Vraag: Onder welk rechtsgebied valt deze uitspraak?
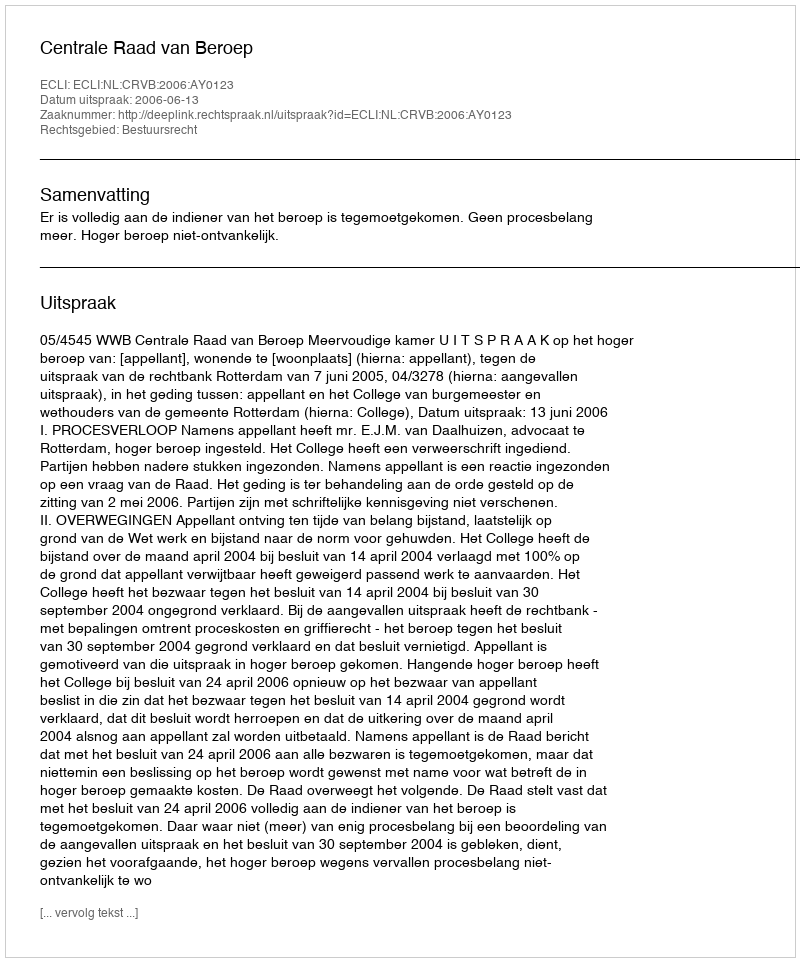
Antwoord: Bestuursrecht